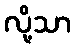
လို့သာ